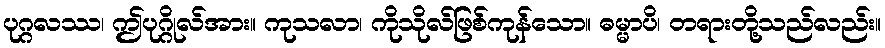
ပုဂ္ဂလဿ၊ ဤပုဂ္ဂိုလ်အား။ ကုသလာ၊ ကိုသိုလ်ဖြစ်ကုန်သော။ ဓမ္မာပိ၊ တရားတို့သည်လည်း။